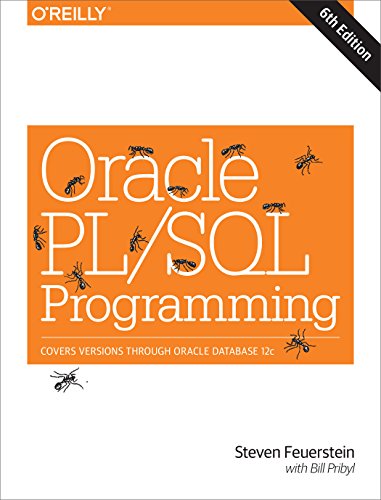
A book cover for Oracle PL/SQL Programming; Steven Feuerstein; Computers & Technology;